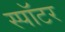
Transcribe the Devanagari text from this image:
स्पॉटर